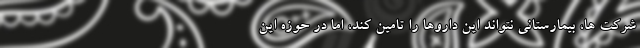
شرکت ها، بیمارستانی نتواند این داروها را تامین کند، اما در حوزه این